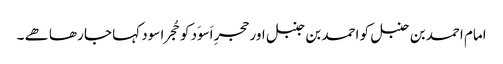
امام احمد بن حنبل کو احمد بن جنبل اور حجرِ اَسوَد کو حُجرا سود کہا جا رھا ھے ۔